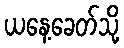
ယနေ့ခေတ်သို့